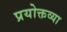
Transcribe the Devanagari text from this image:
प्रयोक्तव्या